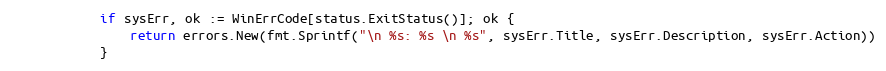
Language: Go
			if sysErr, ok := WinErrCode[status.ExitStatus()]; ok {
				return errors.New(fmt.Sprintf("\n %s: %s \n %s", sysErr.Title, sysErr.Description, sysErr.Action))
			}